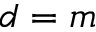
d = m